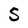
Character: 5